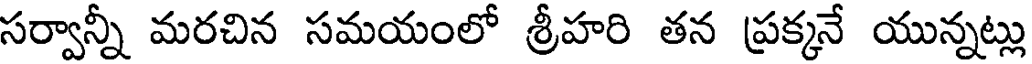
సర్వాన్నీ మరచిన సమయంలో శ్రీహరి తన ప్రక్కనే యున్నట్లు